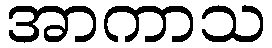
အာကာသ